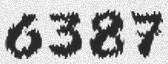
6387